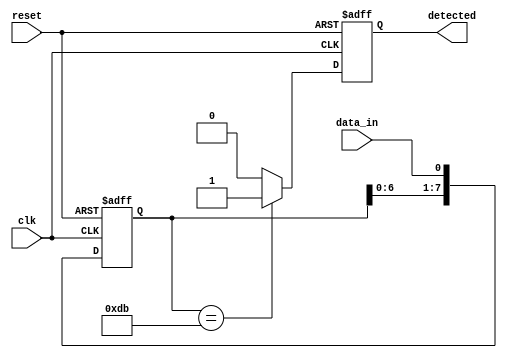
module pattern_detector #(
    parameter PATTERN_LENGTH = 8,  // Length of the pattern
    parameter DATA_WIDTH = 1        // Width of input data (1 bit for serial data)
)(
    input wire clk,                 // Clock signal
    input wire reset,               // Reset signal
    input wire data_in,             // Input data stream
    output reg detected              // Output signal indicating pattern detection
);

    // Shift register to hold incoming data
    reg [PATTERN_LENGTH-1:0] shift_reg;
    
    // Pattern register to store the predefined pattern
    reg [PATTERN_LENGTH-1:0] pattern_reg;

    // Initialize the pattern (example pattern can be set here)
    initial begin
        pattern_reg = 8'b11011011; // Example pattern, change as needed
    end

    // Sequential logic for shift register
    always @(posedge clk or posedge reset) begin
        if (reset) begin
            shift_reg <= 0;           // Reset shift register
            detected <= 0;            // Reset detected signal
        end else begin
            // Shift in the new data
            shift_reg <= {shift_reg[PATTERN_LENGTH-2:0], data_in};

            // Compare the shift register with the pattern register
            if (shift_reg == pattern_reg) begin
                detected <= 1;         // Pattern detected
            end else begin
                detected <= 0;         // No pattern detected
            end
        end
    end

endmodule